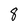
Character: 8